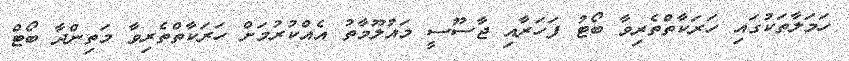
ހަމަލާތަކުގައި ހަރަކާތްތެރިވާ ބޯޓު ފަހަރާއި ޖާސޫސީ މައުލޫމާތު އެއްކުރުމަށް ހަރަކާތްތެރިވާ މަތިންދާ ބޯޓް